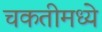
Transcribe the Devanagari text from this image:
चकतीमध्ये